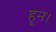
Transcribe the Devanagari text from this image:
हून।